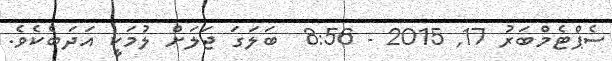
ސެޕްޓެމްބަރު 17